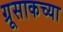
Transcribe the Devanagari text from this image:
ग्रूसाकच्या